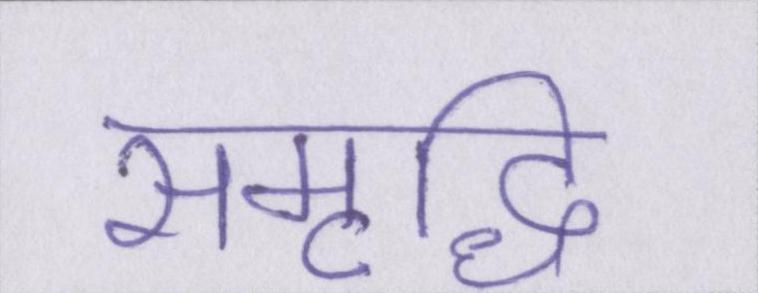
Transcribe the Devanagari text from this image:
समृद्धि